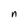
Character: n